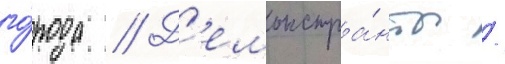
го́рода // Д'емонстра́нты /